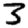
Digit: 3